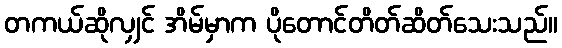
တကယ်ဆိုလျှင် အိမ်မှာက ပိုတောင်တိတ်ဆိတ်သေးသည်။